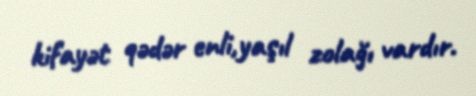
kifayət qədər enli,yaşıl zolağı vardır.